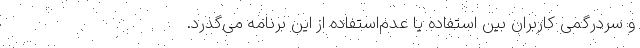
و سردرگمی کاربران بین استفاده یا عدم‌استفاده از این برنامه می‌گذرد.